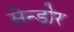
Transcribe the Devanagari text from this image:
सेन्डोर